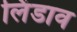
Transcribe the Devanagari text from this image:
लिंडाव